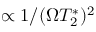
\propto 1 / ( \Omega T _ { 2 } ^ { * } ) ^ { 2 }